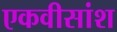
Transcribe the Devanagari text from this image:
एकवीसांश